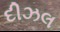
દીઝલ